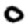
Digit: 0